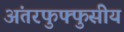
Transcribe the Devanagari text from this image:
अंतरफुफ्फुसीय